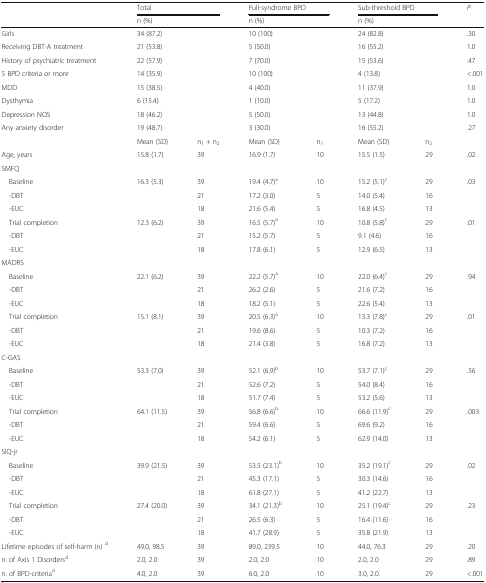
<table><thead><tr><td></td><td colspan="2"><b>Total</b></td><td colspan="2"><b>Full-syndrome BPD</b></td><td colspan="2"><b>Sub-threshold BPD</b></td><td><b><i>P</i></b></td></tr><tr><td></td><td><b>n (%)</b></td><td></td><td><b>n (%)</b></td><td></td><td><b>n (%)</b></td><td></td><td></td></tr></thead><tbody><tr><td>Girls</td><td>34 (87.2)</td><td></td><td>10 (100)</td><td></td><td>24 (82.8)</td><td></td><td>.30</td></tr><tr><td>Receiving DBT-A treatment</td><td>21 (53.8)</td><td></td><td>5 (50.0)</td><td></td><td>16 (55.2)</td><td></td><td>1.0</td></tr><tr><td>History of psychiatric treatment</td><td>22 (57.9)</td><td></td><td>7 (70.0)</td><td></td><td>15 (53.6)</td><td></td><td>.47</td></tr><tr><td>5 BPD criteria or more</td><td>14 (35.9)</td><td></td><td>10 (100)</td><td></td><td>4 (13.8)</td><td></td><td>&lt;.001</td></tr><tr><td>MDD</td><td>15 (38.5)</td><td></td><td>4 (40.0)</td><td></td><td>11 (37.9)</td><td></td><td>1.0</td></tr><tr><td>Dysthymia</td><td>6 (15.4)</td><td></td><td>1 (10.0)</td><td></td><td>5 (17.2)</td><td></td><td>1.0</td></tr><tr><td>Depression NOS</td><td>18 (46.2)</td><td></td><td>5 (50.0)</td><td></td><td>13 (44.8)</td><td></td><td>1.0</td></tr><tr><td>Any anxiety disorder</td><td>19 (48.7)</td><td></td><td>3 (30.0)</td><td></td><td>16 (55.2)</td><td></td><td>.27</td></tr><tr><td></td><td>Mean (SD)</td><td>n<sub>1</sub> + n<sub>2</sub></td><td>Mean (SD)</td><td>n<sub>1</sub></td><td>Mean (SD)</td><td>n<sub>2</sub></td><td></td></tr><tr><td>Age, years</td><td>15.8 (1.7)</td><td>39</td><td>16.9 (1.7)</td><td>10</td><td>15.5 (1.5)</td><td>29</td><td>.02</td></tr><tr><td colspan="8">SMFQ</td></tr><tr><td> Baseline</td><td>16.3 (5.3)</td><td>39</td><td>19.4 (4.7)<sup>a</sup></td><td>10</td><td>15.2 (5.1)<sup>c</sup></td><td>29</td><td>.03</td></tr><tr><td> -DBT</td><td></td><td>21</td><td>17.2 (3.0)</td><td>5</td><td>14.0 (5.4)</td><td>16</td><td></td></tr><tr><td> -EUC</td><td></td><td>18</td><td>21.6 (5.4)</td><td>5</td><td>16.8 (4.5)</td><td>13</td><td></td></tr><tr><td> Trial completion</td><td>12.3 (6.2)</td><td>39</td><td>16.5 (5.7)<sup>a</sup></td><td>10</td><td>10.8 (5.8)<sup>c</sup></td><td>29</td><td>.01</td></tr><tr><td> -DBT</td><td></td><td>21</td><td>15.2 (5.7)</td><td>5</td><td>9.1 (4.6)</td><td>16</td><td></td></tr><tr><td> -EUC</td><td></td><td>18</td><td>17.8 (6.1)</td><td>5</td><td>12.9 (6.5)</td><td>13</td><td></td></tr><tr><td colspan="8">MADRS</td></tr><tr><td> Baseline</td><td>22.1 (6.2)</td><td>39</td><td>22.2 (5.7)<sup>a</sup></td><td>10</td><td>22.0 (6.4)<sup>c</sup></td><td>29</td><td>.94</td></tr><tr><td> -DBT</td><td></td><td>21</td><td>26.2 (2.6)</td><td>5</td><td>21.6 (7.2)</td><td>16</td><td></td></tr><tr><td> -EUC</td><td></td><td>18</td><td>18.2 (5.1)</td><td>5</td><td>22.6 (5.4)</td><td>13</td><td></td></tr><tr><td> Trial completion</td><td>15.1 (8.1)</td><td>39</td><td>20.5 (6.3)<sup>a</sup></td><td>10</td><td>13.3 (7.8)<sup>c</sup></td><td>29</td><td>.01</td></tr><tr><td> -DBT</td><td></td><td>21</td><td>19.6 (8.6)</td><td>5</td><td>10.3 (7.2)</td><td>16</td><td></td></tr><tr><td> -EUC</td><td></td><td>18</td><td>21.4 (3.8)</td><td>5</td><td>16.8 (7.2)</td><td>13</td><td></td></tr><tr><td colspan="8">C-GAS</td></tr><tr><td> Baseline</td><td>53.3 (7.0)</td><td>39</td><td>52.1 (6.9)<sup>b</sup></td><td>10</td><td>53.7 (7.1)<sup>c</sup></td><td>29</td><td>.56</td></tr><tr><td> -DBT</td><td></td><td>21</td><td>52.6 (7.2)</td><td>5</td><td>54.0 (8.4)</td><td>16</td><td></td></tr><tr><td> -EUC</td><td></td><td>18</td><td>51.7 (7.4)</td><td>5</td><td>53.2 (5.6)</td><td>13</td><td></td></tr><tr><td> Trial completion</td><td>64.1 (11.5)</td><td>39</td><td>56.8 (6.6)<sup>b</sup></td><td>10</td><td>66.6 (11.9)<sup>c</sup></td><td>29</td><td>.003</td></tr><tr><td> -DBT</td><td></td><td>21</td><td>59.4 (6.6)</td><td>5</td><td>69.6 (9.2)</td><td>16</td><td></td></tr><tr><td> -EUC</td><td></td><td>18</td><td>54.2 (6.1)</td><td>5</td><td>62.9 (14.0)</td><td>13</td><td></td></tr><tr><td colspan="8">SIQ-jr</td></tr><tr><td> Baseline</td><td>39.9 (21.5)</td><td>39</td><td>53.5 (23.1)<sup>b</sup></td><td>10</td><td>35.2 (19.1)<sup>c</sup></td><td>29</td><td>.02</td></tr><tr><td> -DBT</td><td></td><td>21</td><td>45.3 (17.1)</td><td>5</td><td>30.3 (14.6)</td><td>16</td><td></td></tr><tr><td> -EUC</td><td></td><td>18</td><td>61.8 (27.1)</td><td>5</td><td>41.2 (22.7)</td><td>13</td><td></td></tr><tr><td> Trial completion</td><td>27.4 (20.0)</td><td>39</td><td>34.1 (21.3)<sup>b</sup></td><td>10</td><td>25.1 (19.4)<sup>c</sup></td><td>29</td><td>.23</td></tr><tr><td> -DBT</td><td></td><td>21</td><td>26.5 (6.3)</td><td>5</td><td>16.4 (11.6)</td><td>16</td><td></td></tr><tr><td> -EUC</td><td></td><td>18</td><td>41.7 (28.9)</td><td>5</td><td>35.8 (21.9)</td><td>13</td><td></td></tr><tr><td>Lifetime episodes of self-harm (n) <sup>d</sup></td><td>49.0, 98.5</td><td>39</td><td>89.0, 239.5</td><td>10</td><td>44.0, 76.3</td><td>29</td><td>.20</td></tr><tr><td>n. of Axis 1 Disorders<sup>d</sup></td><td>2.0, 2.0</td><td>39</td><td>2.0, 2.0</td><td>10</td><td>2.0, 2.0</td><td>29</td><td>.89</td></tr><tr><td>n. of BPD-criteria<sup>d</sup></td><td>4.0, 2.0</td><td>39</td><td>6.0, 2.0</td><td>10</td><td>3.0, 2.0.</td><td>29</td><td>&lt;.001</td></tr></tbody></table>